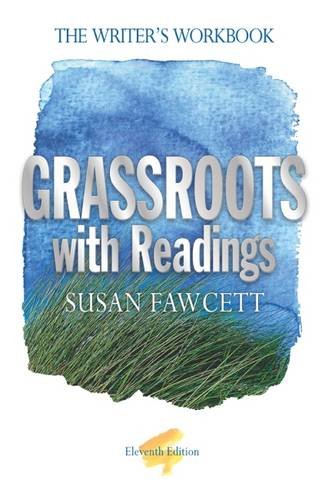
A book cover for Grassroots with Readings: The Writer's Workbook; Susan Fawcett; Reference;